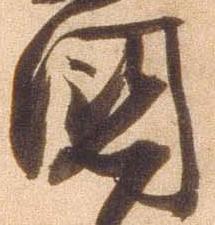
国